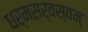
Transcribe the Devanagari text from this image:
धर्मसर्वस्वम्